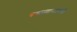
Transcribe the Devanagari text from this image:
बगळ्यांसारखे